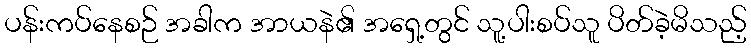
ပန်းကပ်နေစဉ် အခါက အာယနဲ၏ အရှေ့တွင် သူ့ပါးစပ်သူ ပိတ်ခဲ့မိသည့်